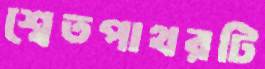
শ্বেতপাথরটি